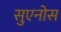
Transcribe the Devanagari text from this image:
सुएनोस